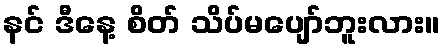
နင် ဒီနေ့ စိတ် သိပ်မပျော်ဘူးလား။